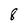
Character: 8